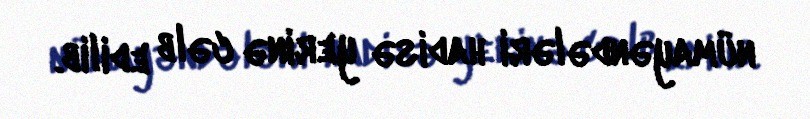
nümayəndələri hadisə yerinə cəlb edilib.